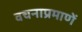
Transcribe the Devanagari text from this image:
वचनाप्रमाणें